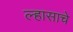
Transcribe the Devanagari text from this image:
ल्हासाचे